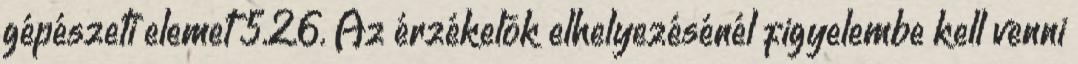
gépészeti elemet 5.2.6. Az érzékelõk elhelyezésénél figyelembe kell venni